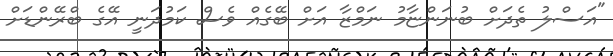
"އަސްލު ތެދަށް ބުނަންޏާމު ނަމްޒާ އަށް ބޭގެއް ވެސް ކަމުދަނީ އޭގެ ބްރޭންޑަށް